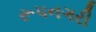
રૂપનગરી